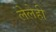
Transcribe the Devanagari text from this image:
लेलेही